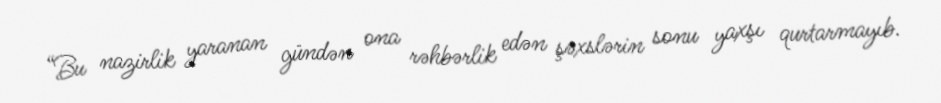
“Bu nazirlik yaranan gündən ona rəhbərlik edən şəxslərin sonu yaxşı qurtarmayıb.